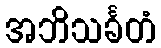
အဘိသင်္ခတံ